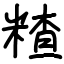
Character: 𥻗